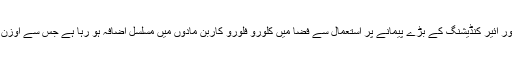
اسی طرح ریفریجریٹر اور ائیر کنڈیشنگ کے بڑے پیمانے پر استعمال سے فضا میں کلورو فلورو کاربن مادوں میں مسلسل اضافہ ہو رہا ہے جس سے اوزن کی تہہ تباہ ہو رہی ہے۔